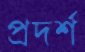
প্রদর্শ